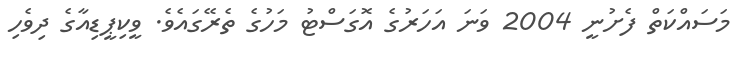
މަސައްކަތް ފެށުނީ 2004 ވަނަ އަހަރުގެ އޮގަސްޓު މަހުގެ ތެރޭގައެވެ. ވީކިޕީޑިއާގެ ދިވެހި